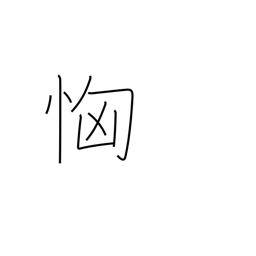
Meaning: fear